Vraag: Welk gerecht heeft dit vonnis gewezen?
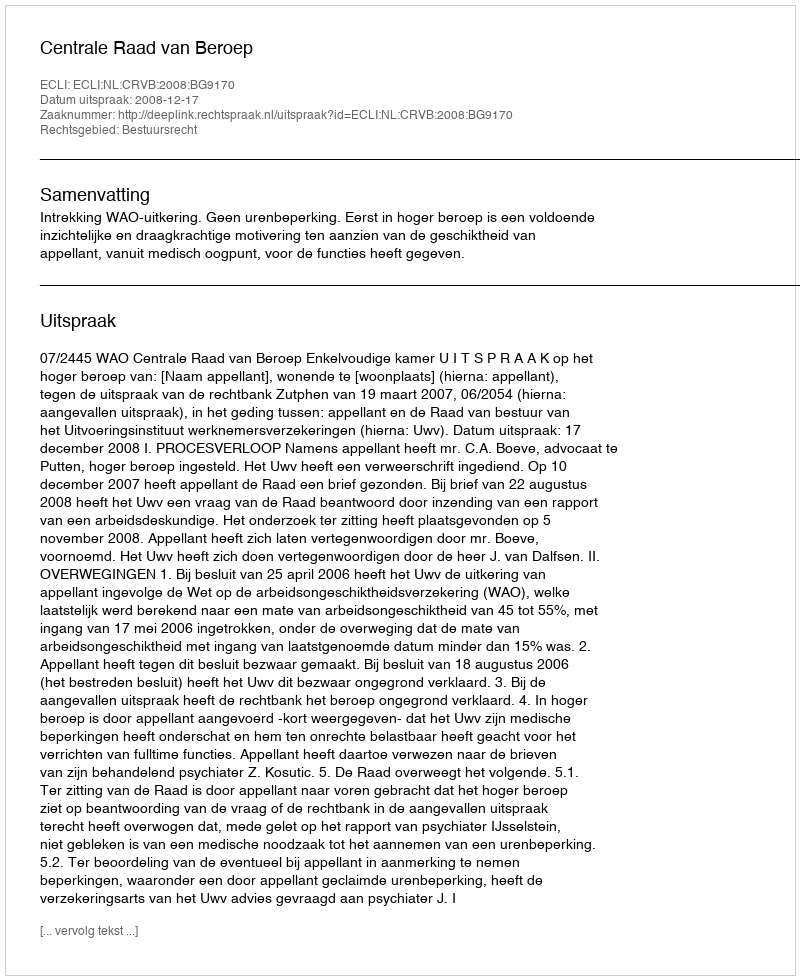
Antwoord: Centrale Raad van Beroep